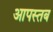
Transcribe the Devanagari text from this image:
आपस्तब